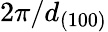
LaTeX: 2\pi/d_{(100)}